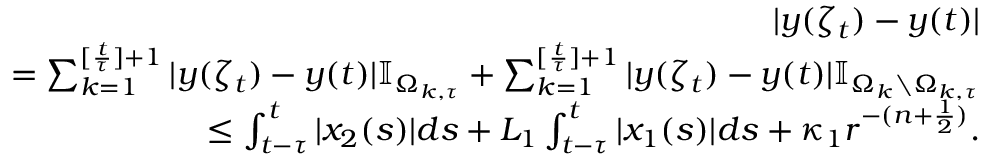
\begin{array} { r l r } & { } & { | y ( \zeta _ { t } ) - y ( t ) | } \\ & { } & { = \sum _ { k = 1 } ^ { [ \frac { t } { \tau } ] + 1 } | y ( \zeta _ { t } ) - y ( t ) | \mathbb { I } _ { \Omega _ { k , \tau } } + \sum _ { k = 1 } ^ { [ \frac { t } { \tau } ] + 1 } | y ( \zeta _ { t } ) - y ( t ) | \mathbb { I } _ { \Omega _ { k } \setminus \Omega _ { k , \tau } } } \\ & { } & { \leq \int _ { t - \tau } ^ { t } | x _ { 2 } ( s ) | d s + L _ { 1 } \int _ { t - \tau } ^ { t } | x _ { 1 } ( s ) | d s + \kappa _ { 1 } r ^ { - ( n + \frac { 1 } { 2 } ) } . } \end{array}